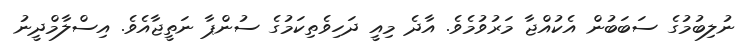
ނުލިބުމުގެ ސަބަބުން އެކުއްޖާ މަރުވުމެވެ. އާދެ މިއީ ދަހިވެތިކަމުގެ ސުންޕާ ނަތީޖާއެވެ. އިސްލާމްދީނު